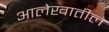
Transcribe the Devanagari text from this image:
आलेखातील